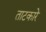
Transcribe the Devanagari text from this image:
ताटकारे